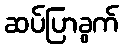
ဆပ်ပြာခွက်